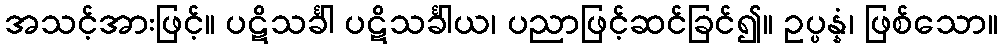
အသင့်အားဖြင့်။ ပဋိသင်္ခါ ပဋိသင်္ခါယ၊ ပညာဖြင့်ဆင်ခြင်၍။ ဥပ္ပန္နံ၊ ဖြစ်သော။